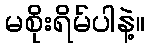
မစိုးရိမ်ပါနဲ့။